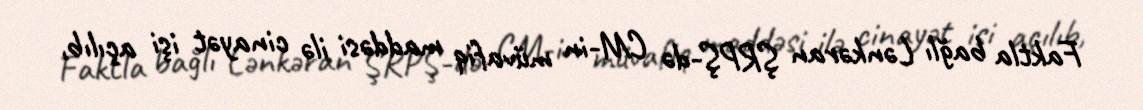
Faktla bağlı Lənkəran ŞRPŞ-də CM-in müvafiq maddəsi ilə cinayət işi açılıb,